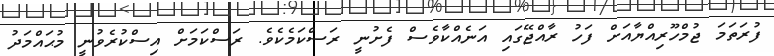
ފުރަތަމަ ޖުމްހޫރިއްޔާއަށް ފަހު ރާއްޖޭގައި އަނެއްކާވެސް ފެށުނީ ރަސްކަމެކެވެ. ރަސްކަމަށް އިސްކުރެވުނީ މުޙައްމަދު